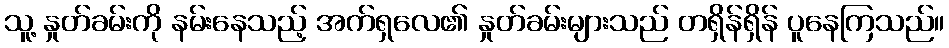
သူ့ နှုတ်ခမ်းကို နမ်းနေသည့် အက်ရှလေ၏ နှုတ်ခမ်းများသည် တရှိန်ရှိန် ပူနေကြသည်။